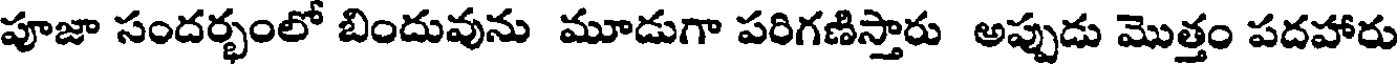
పూజా సందర్భంలో బిందువును మూడుగా పరిగణిస్తారు అప్పుడు మొత్తం పదహారు